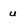
Character: u